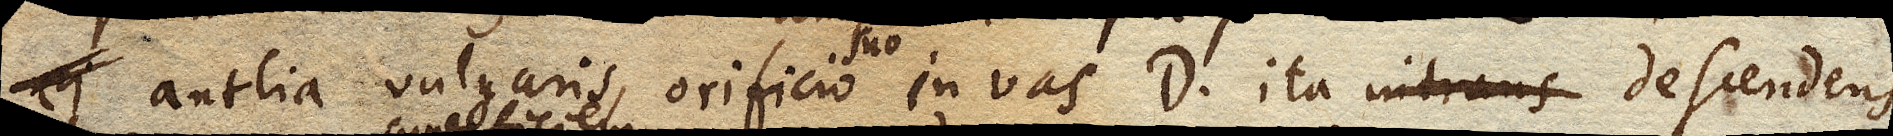
antlia vulgaris, orificio suo in vas D. ita intrans descendens,